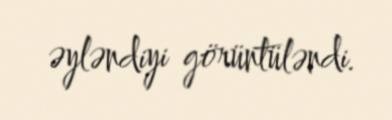
əyləndiyi görüntüləndi.